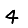
Digit: 4